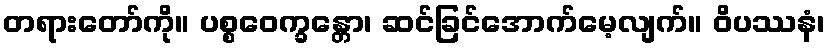
တရားတော်ကို။ ပစ္စဝေက္ခန္တော၊ ဆင်ခြင်အောက်မေ့လျက်။ ဝိပဿနံ၊